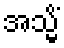
အသ္မိံ